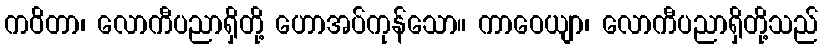
ကဝိတာ၊ လောကီပညာရှိတို့ ဟောအပ်ကုန်သော။ ကာဝေယျာ၊ လောကီပညာရှိတို့သည်